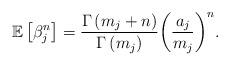
LaTeX: \begin{align*}\mathbb{E}\left[\beta _j^n\right] = {{\Gamma \left( {{m_j} + {n} } \right)} \over {\Gamma \left( {{m_j}} \right)}}{\left( {{{{a _j}} \over {{m_j}}}} \right)^{{n }}}.\end{align*}